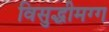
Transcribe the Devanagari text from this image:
विसुद्धीमग्ग